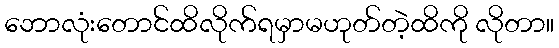
ဘောလုံးတောင်ထိလိုက်ရမှာမဟုတ်တဲ့ထိကို လိုတာ။